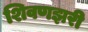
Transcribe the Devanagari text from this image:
शिवणझरी